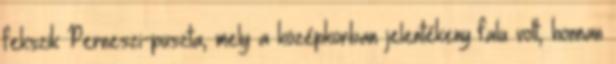
fekszik Perneszi-puszta, mely a középkorban jelentékeny falu volt, honnan